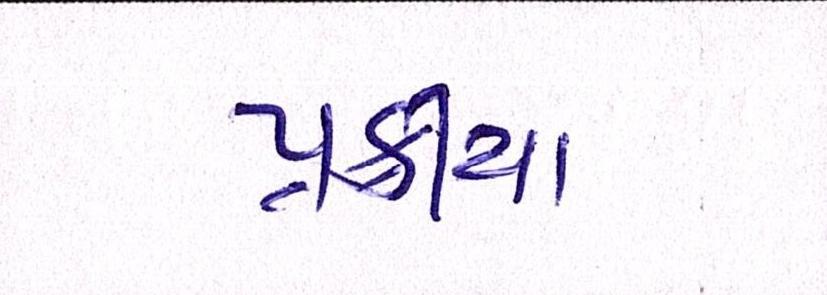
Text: પ્રક્રીયા